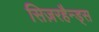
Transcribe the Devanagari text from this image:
सिज़रहैन्ड्स